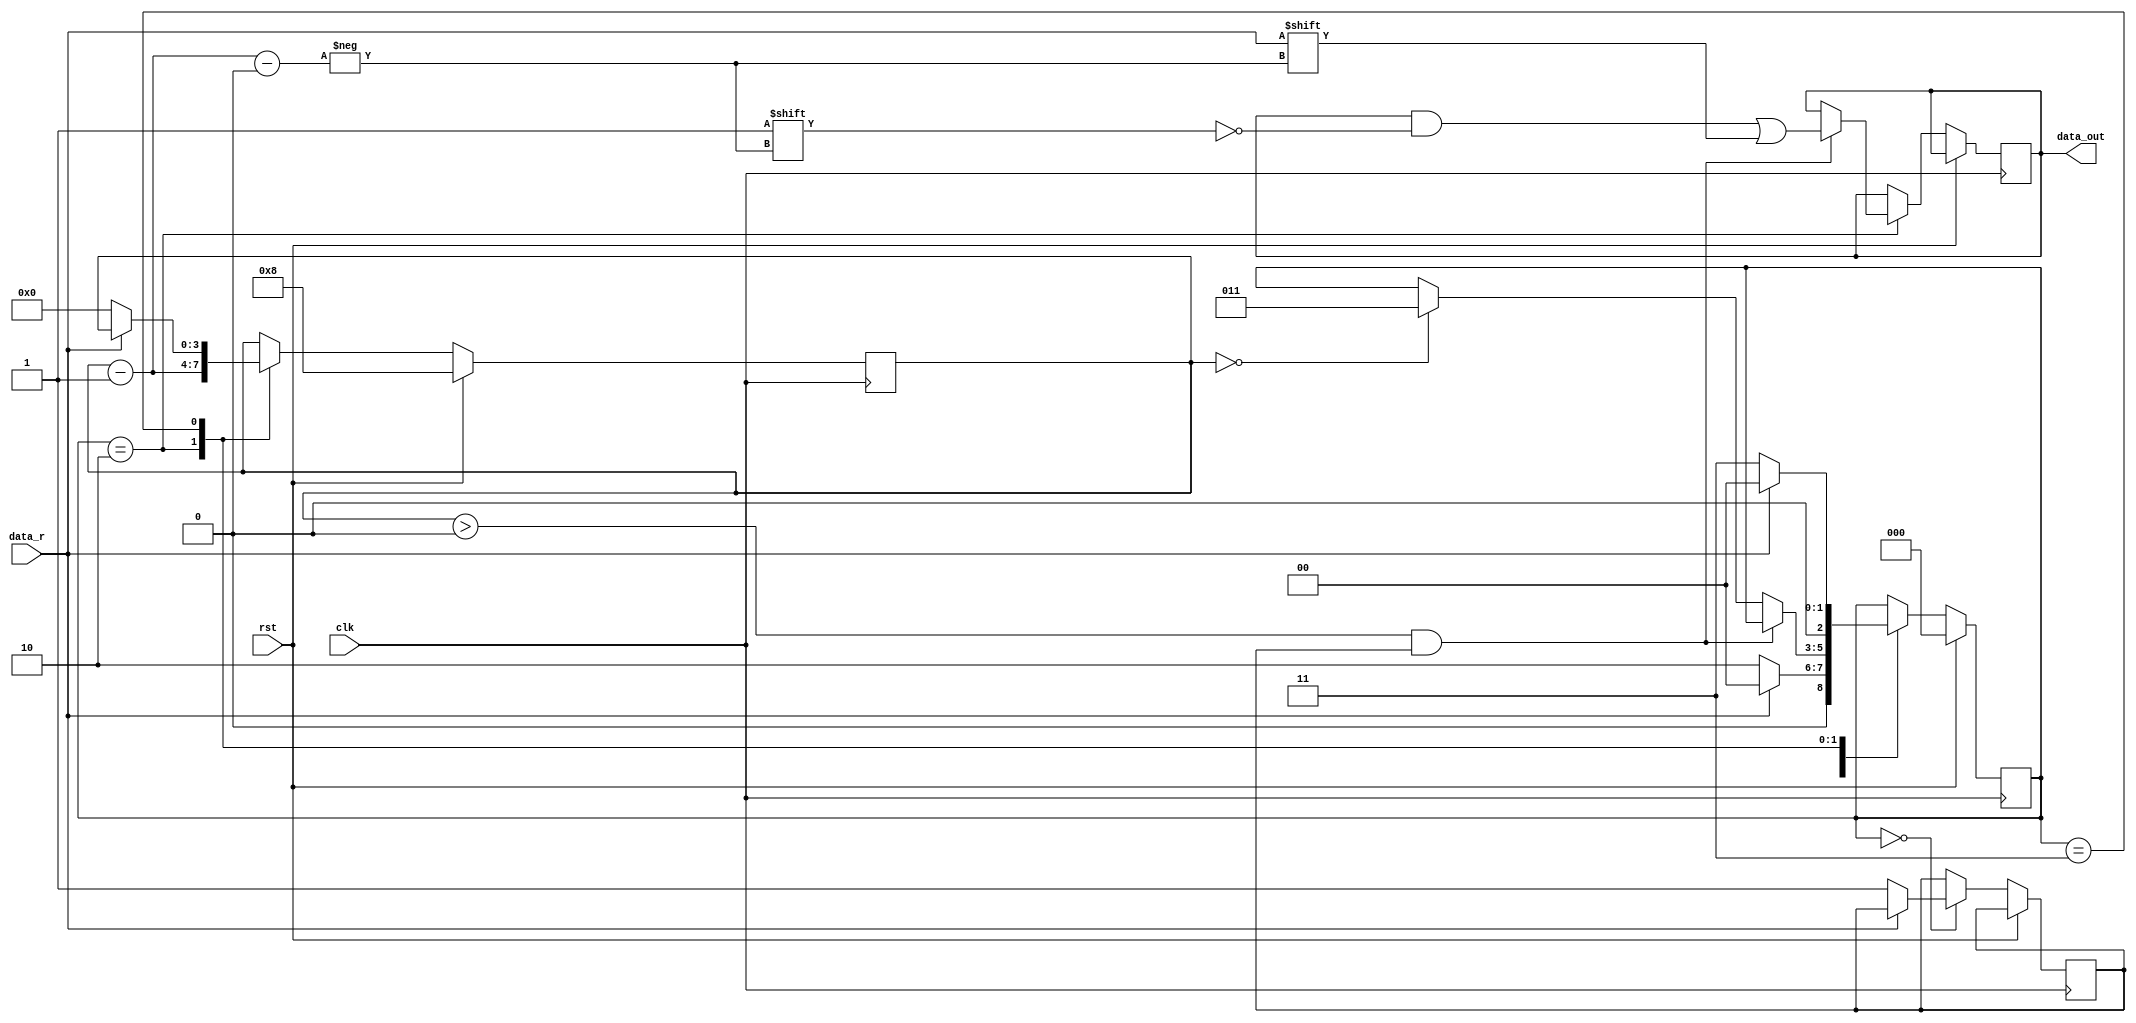
module UART_reciever#(parameter IDLE=3'b000,START=3'b001,DATA=3'b010,STOP=3'b011)
(input clk,data_r,rst,output reg [7:0]data_out);
reg [3:0]count;
reg [2:0]state; 
reg ready;

always@(posedge clk)
begin 
	if(rst)
	begin
		state<=IDLE;
		count<=4'b1000;
	end
	else if(rst==0)
	begin
		case(state)
			IDLE:begin
				if(data_r==1)
			     	begin 
					state<=IDLE;
					
			     	end		
				else if(data_r==0)
				begin
					state<=START;
					state<=DATA;
					ready<=1'b1;
			        end
			    end
			DATA:begin
				count<=count-1;
				if(count>4'b0000&&ready==1)
				begin
		  			data_out[count-1'b1]<=data_r;	
					count<=count-1;
				end
				else if(count==4'b0000)
				begin						
				state<=STOP;
				end
		   	     end
			STOP:begin
				if(data_r==1)
				begin
					state<=IDLE;
					
				end
				else if(data_r==0)
				begin
					state<=STOP;	
					count<=4'b0000;
			    	end
			      end
		endcase
	end
end
endmodule